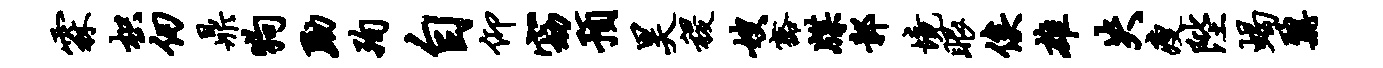
霖枳仞鼎狗黝殉自仰窈预昊稷嫂豁牒鄣境眼俟雄失瘦陛蝎鼐